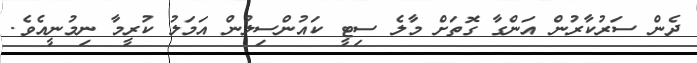
ދެން ސަރުކާރުން އަންގާ ގޮތަށް މާލެ ސިޓީ ކައުންސިލުން އަމަލު ކުރީމާ ނިމުނީއެެވެ.